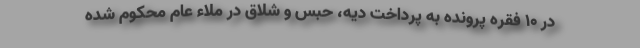
در ۱۰ فقره پرونده به پرداخت دیه، حبس و شلاق در ملاء عام محکوم شده